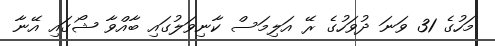
މަހުގެ 31 ވަނަ ދުވަހުގެ ރޭ އަލިމަސް ކާނިވަލުގައި ބާއްވާ ޝޯގައި އޭނާ